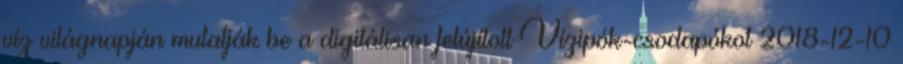
víz világnapján mutatják be a digitálisan felújított Vízipók-csodapókot 2018-12-10